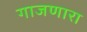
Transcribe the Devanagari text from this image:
गाजणारा